Indian journal of veterinary science and animal husbandry - Volumes 26-27, 1956-1957
Year: 1956
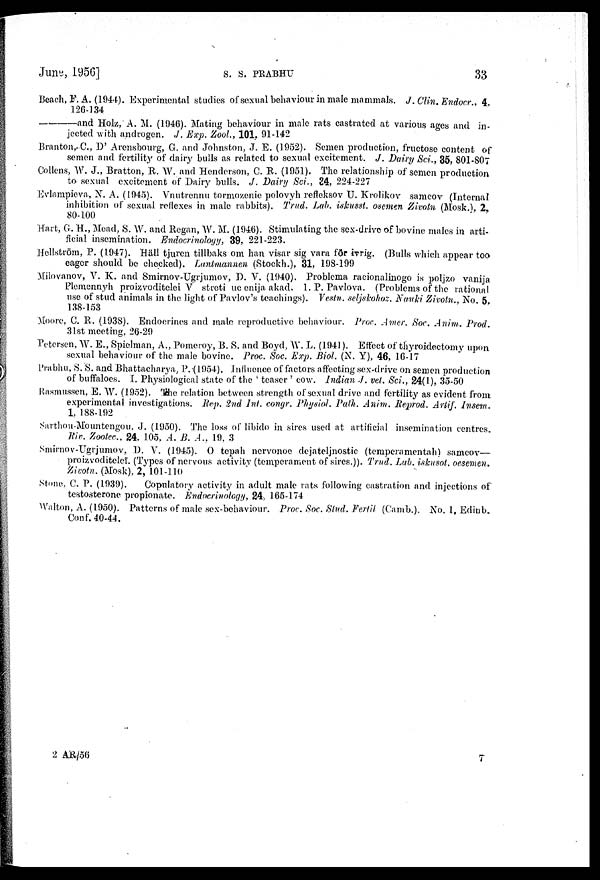
June, 1956]
S.
S.
PRABHU
33
Beach, F. A. (1944). Experimental studies of sexual behaviour in male mammals. J. Clin. Endocr., 4
126-134
———and Holz, A. M. (1946). Mating behaviour in male rats castrated at various ages and in-
jected with androgen. J. Exp. Zool., 101, 91-142
Branton, C., D' Arensbourg, G. and Johnston, J. E. (1952). Semen production, fructose content of
semen and fertility of dairy bulls as related to sexual excitement. J. Dairy Sci., 35, 801-807
Collens, W. J., Bratton, R. W. and Henderson, C. R. (1951). The relationship of semen production
to sexual excitement of Dairy bulls. J. Dairy Sci., 34, 224-227
Evlampieva, N. A. (1945). Vnutrennu tormozenie polovyh refleksov U. Krolikov samcov (Internal
inhibition of sexual reflexes in male rabbits). Trud. Lab. iskusst. osemen Zivotn (Mosk.) 2
80-100
Hart, G. H., Mead, S. W. and Regan, W. M. (1946). Stimulating the sex-drive of bovine males in arti-
ficial insemination. Endocrinology, 39, 221-223.
Hellström, P. (1947). Häll tjuren tillbaks om han visar sig vara för ivrig. (Bulls which appear too
eager should be checked). Lantmannen (Stockh.), 31, 198-199
Milovanov, V. K. and Smirnov-Ugrjumov, D. V. (1940). Problema racionalinogo is poljzo vanija
Plemennyh proizvoditelei V streti uc enija, akad. I. P. Pavlova. (Problems of the rational
use of stud animals in the light of Pavlov's teachings). Vestn. seljskohoz. Nauki Zivotn No. 5.
138-153
Moore, C. R. (1938). Endocrines and male reproductive behaviour. Proc. Amer. Soc. Anim. Prod.
31st meeting, 26-29
Petersen, W. E., Spielman, A., Pomeroy, B. S. and Boyd, W. L. (1941). Effect of thyroidectomy upon
sexual behaviour of the male bovine. Proc. Soc. Exp. Biol. (N. Y), 46, 16-17
Prabhu, S. S. and Bhattacharya, P. (1954). Influence of factors affecting sex-drive on semen production
of buffaloes. I. Physiological state of the ' teaser' cow. Indian J. vet. Sci., 24(1), 35-50
Rasmussen, E. W. (1952). The relation between strength of sexual drive and fertility as evident from
experimental investigations. Rep. 2nd Int. congr. Physiol. Path. Anim. Reprod. Artif. Insem
1, 188-192
Sarthou-Mountengou, J. (1950). The loss of libido in sires used at artificial insemination centres
Riv. Zookec., 24. 105, A. B. A., 19, 3
Smirnov-Ugrjumov, D. V. (1945). O tepah nervonoe dejateljnostic (temperamentah) samcov—
proizvoditeleï. (Types of nervous activity (temperament of sires.)). Trud. Lab. iskusot. oesemen.
Zivotn. (Mosk), 2, 101-110
Stone. C. P. (1939).
Copulatory activity in adult male rats following castration and injections of
testosterone propionate. Endocrinology, 24, 165-174
Walton, A. (1950). Patterns of male sex-behaviour. Proc. Soc. Stud. Fertil (Camb.). No. 1, Edinb.
Conf. 40-44.
2 AR/56
7